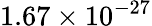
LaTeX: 1.67\times 10^{-27}